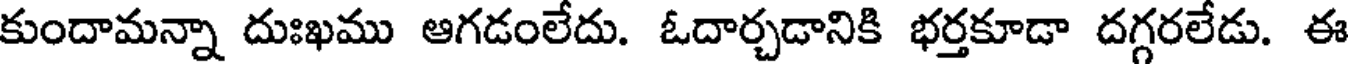
కుందామన్నా దుఃఖము ఆగడంలేదు. ఓదార్చడానికి భర్తకూడా దగ్గరలేడు. ఈ